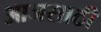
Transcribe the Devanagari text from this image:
आजसाठी